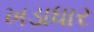
ખડાધાર